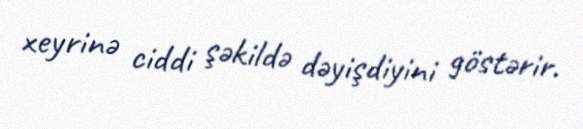
xeyrinə ciddi şəkildə dəyişdiyini göstərir.